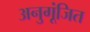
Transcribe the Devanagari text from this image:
अनुगूंजित